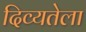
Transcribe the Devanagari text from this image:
दिव्यतेला